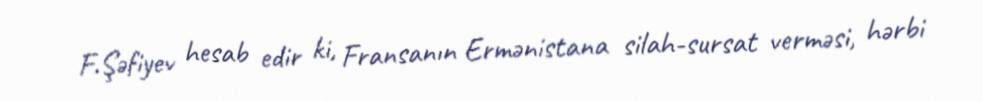
F.Şəfiyev hesab edir ki, Fransanın Ermənistana silah-sursat verməsi, hərbi